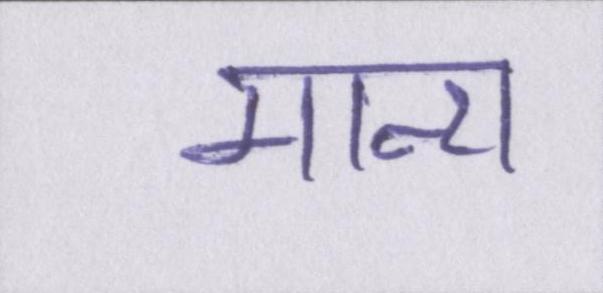
मान्य